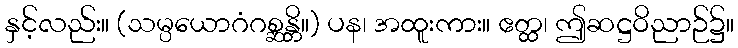
နှင့်လည်း။ (သမ္ပယောဂံဂစ္ဆန္တိ။) ပန၊ အထူးကား။ ဧတ္ထ၊ ဤဆဋ္ဌဝိညာဉ်၌။